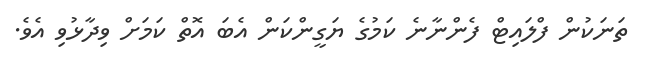
ތަނަކުން ފްލައިޓް ފެންނާނެ ކަމުގެ ޔަގީންކަން އެބަ އޮތް ކަމަށް ވިދާޅުވި އެވެ.